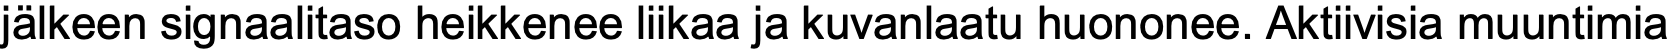
jälkeen signaalitaso heikkenee liikaa ja kuvanlaatu huononee. Aktiivisia muuntimia